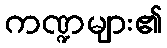
ကဏ္ဍများ၏